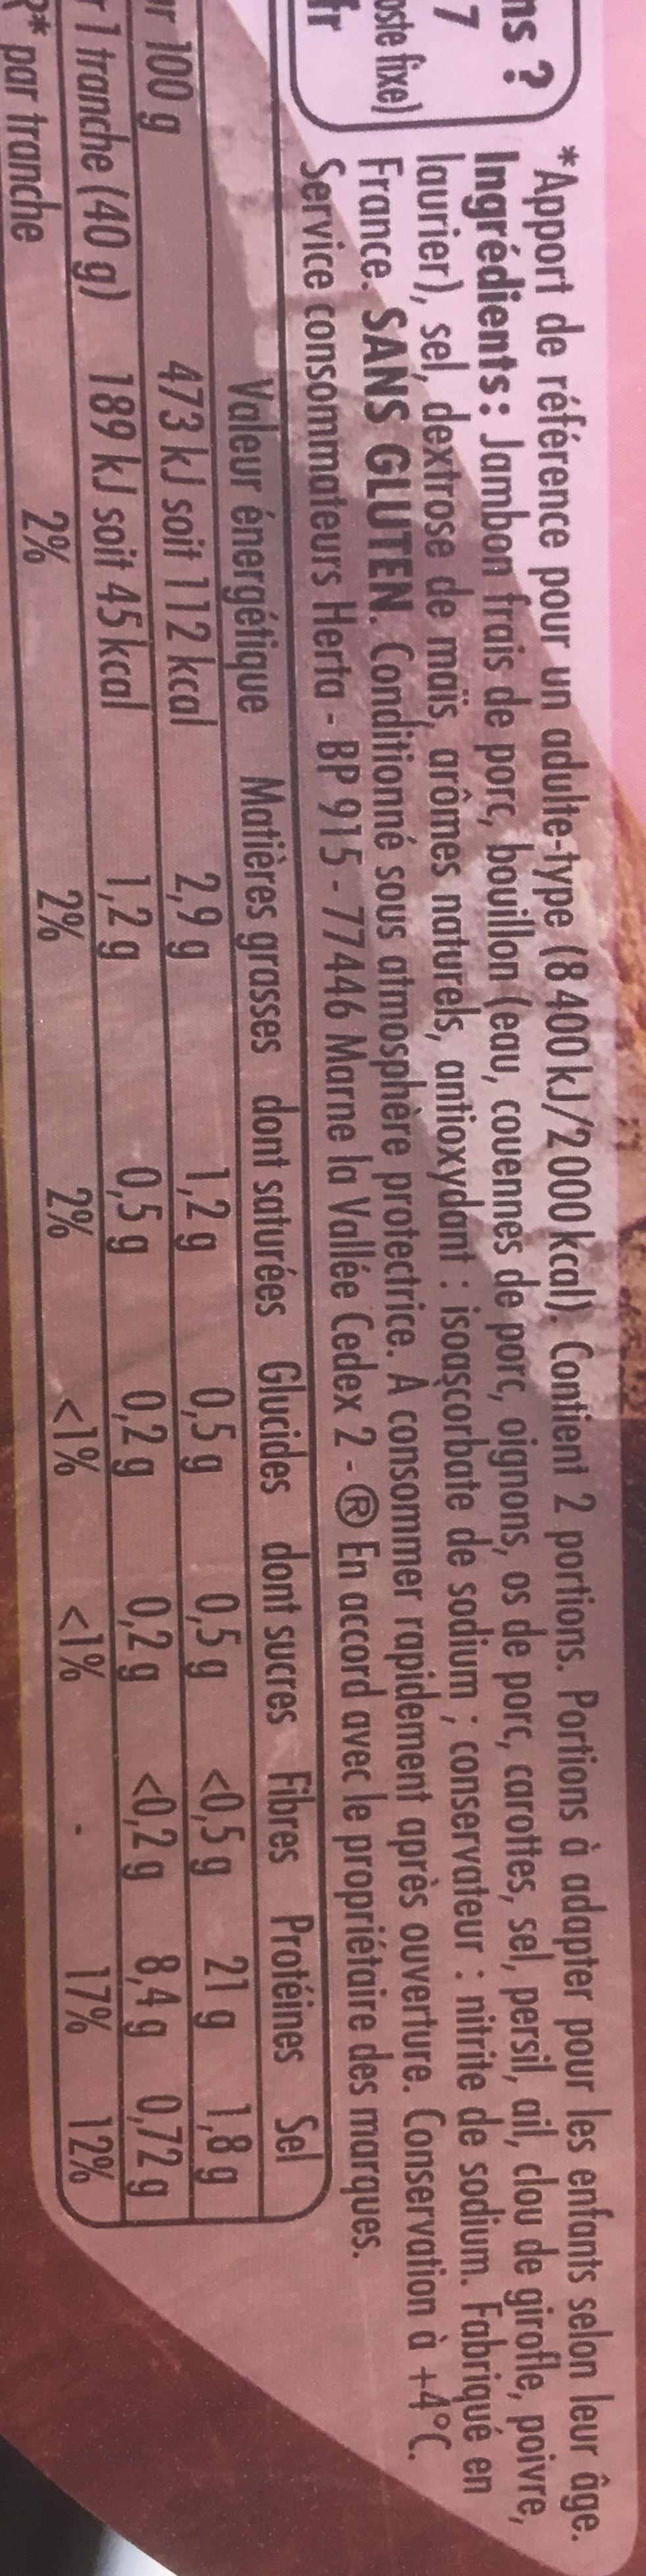
*Apport de référence pour un adulte-type (8400 kJ/2000 kcal). Contient 2 portions. Portions à adapter pour les enfants selon leur âge. ns ? Ingrédients: Jambon frais de porc, bouillon (eau, couennes de porc, oignons, os de porc, carottes, sel, persil, ail, clou de girofle, poivre, 7 laurier), sel, dextrose de maïs, arômes naturels, antioxydant: isoascorbate de sodium; conservateur: nitrite de sodium. Fabriqué en oste fixe) France. SANS GLUTEN. Conditionné sous atmosphère protectrice. À consommer rapidement après ouverture. Conservation à +4°C. Service consommateurs Herta - BP 915-77446 Marne la Vallée Cedex 2 - ® En accord avec le propriétaire des marques.
Fr
énergétique
Valeur 473 kJ soit 112 kcal
r 100 g
1 tranche (40 g) 189 kJ soit 45 kcal
* par tranche
2%
Matières grasses dont saturées Glucides dont sucres Fibres Protéines Sel
0,5 g
1,2 g 0,5 g
0,2 g
2%
<1%
2,9 g
1,2 g
2%
0,5 g <0,5 g 21 g 1,8 g 0,2 g <0,2 g 8,4 g 0,72 g
<1%
17%
12%